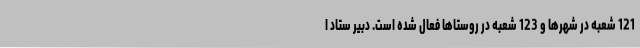
121 شعبه در شهرها و 123 شعبه در روستاها فعال شده است. دبیر ستاد ا